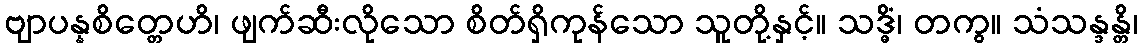
ဗျာပန္နစိတ္တေဟိ၊ ဖျက်ဆီးလိုသော စိတ်ရှိကုန်သော သူတို့နှင့်။ သဒ္ဓိံ၊ တကွ။ သံသန္ဒန္တိ၊